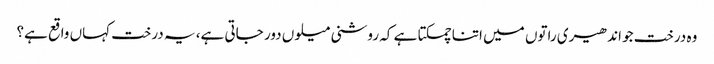
وہ درخت جو اندھیری راتوں میں اتنا چمکتا ہے کہ روشنی میلوں دور جاتی ہے، یہ درخت کہاں واقع ہے؟